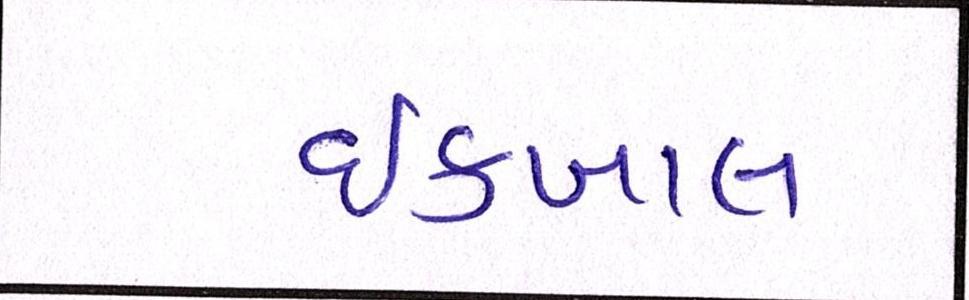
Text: ઈકબાલ